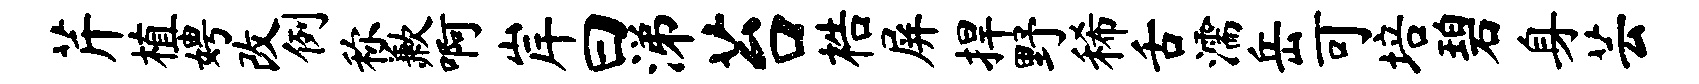
芹植娉改例称歉啊岸曰涕苔梏屏捍野稀舌濡岳可培碧身芸